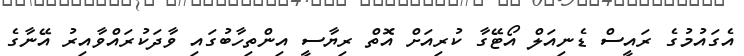
އެގައުމުގެ ރައީސް ޑެނިއަލް އޯޓޭގާ ކުރިއަށް އޮތް ރިޔާސީ އިންތިހާބުގައި ވާދަކުރައްވާއިރު އޭނާގެ